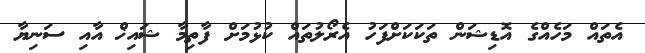
އެތައް މަހެއްގެ އޮޑިޝަން ތަކަކަށްފަހު އެރޯލުތައް ކުޅުމަށް ފާތިމާ ޝައިޚް އާއި ސަނިޔާ